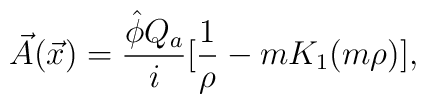
\vec{A}(\vec{x})=\frac{\hat{\phi}Q_a}{i}[\frac{1}{\rho}-mK_1(m\rho )],